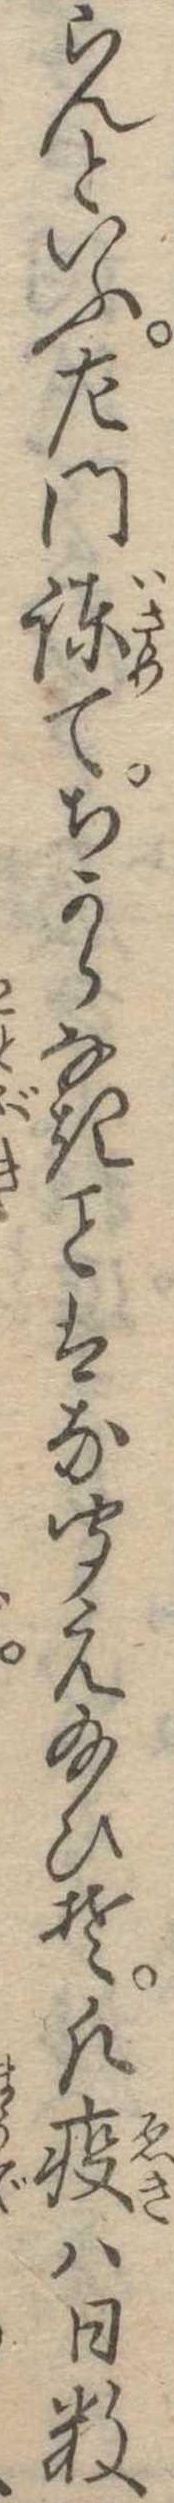
らんといふ左門諌てちからなきはな聞え給ひそ凡疫は日数